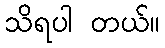
သိရပါ တယ်။